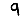
Digit: 9